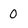
Character: O